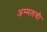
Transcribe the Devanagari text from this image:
अम्मलची